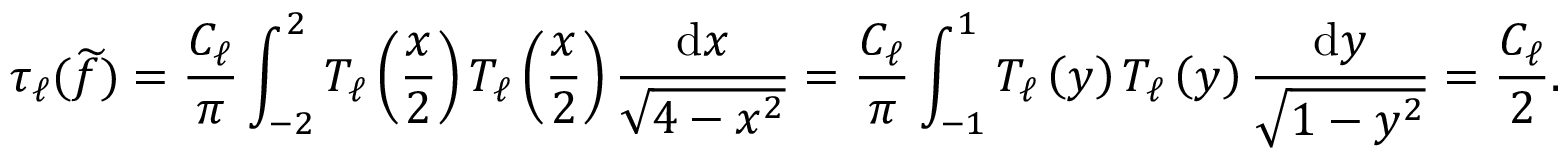
\tau _ { \ell } ( \widetilde f ) = \frac { C _ { \ell } } { \pi } \int _ { - 2 } ^ { 2 } T _ { \ell } \left( \frac { x } { 2 } \right) T _ { \ell } \left( \frac { x } { 2 } \right) \frac { \mathrm { d } x } { \sqrt { 4 - x ^ { 2 } } } = \frac { C _ { \ell } } { \pi } \int _ { - 1 } ^ { 1 } T _ { \ell } \left( y \right) T _ { \ell } \left( y \right) \frac { \mathrm { d } y } { \sqrt { 1 - y ^ { 2 } } } = \frac { C _ { \ell } } { 2 } .